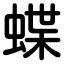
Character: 蝶